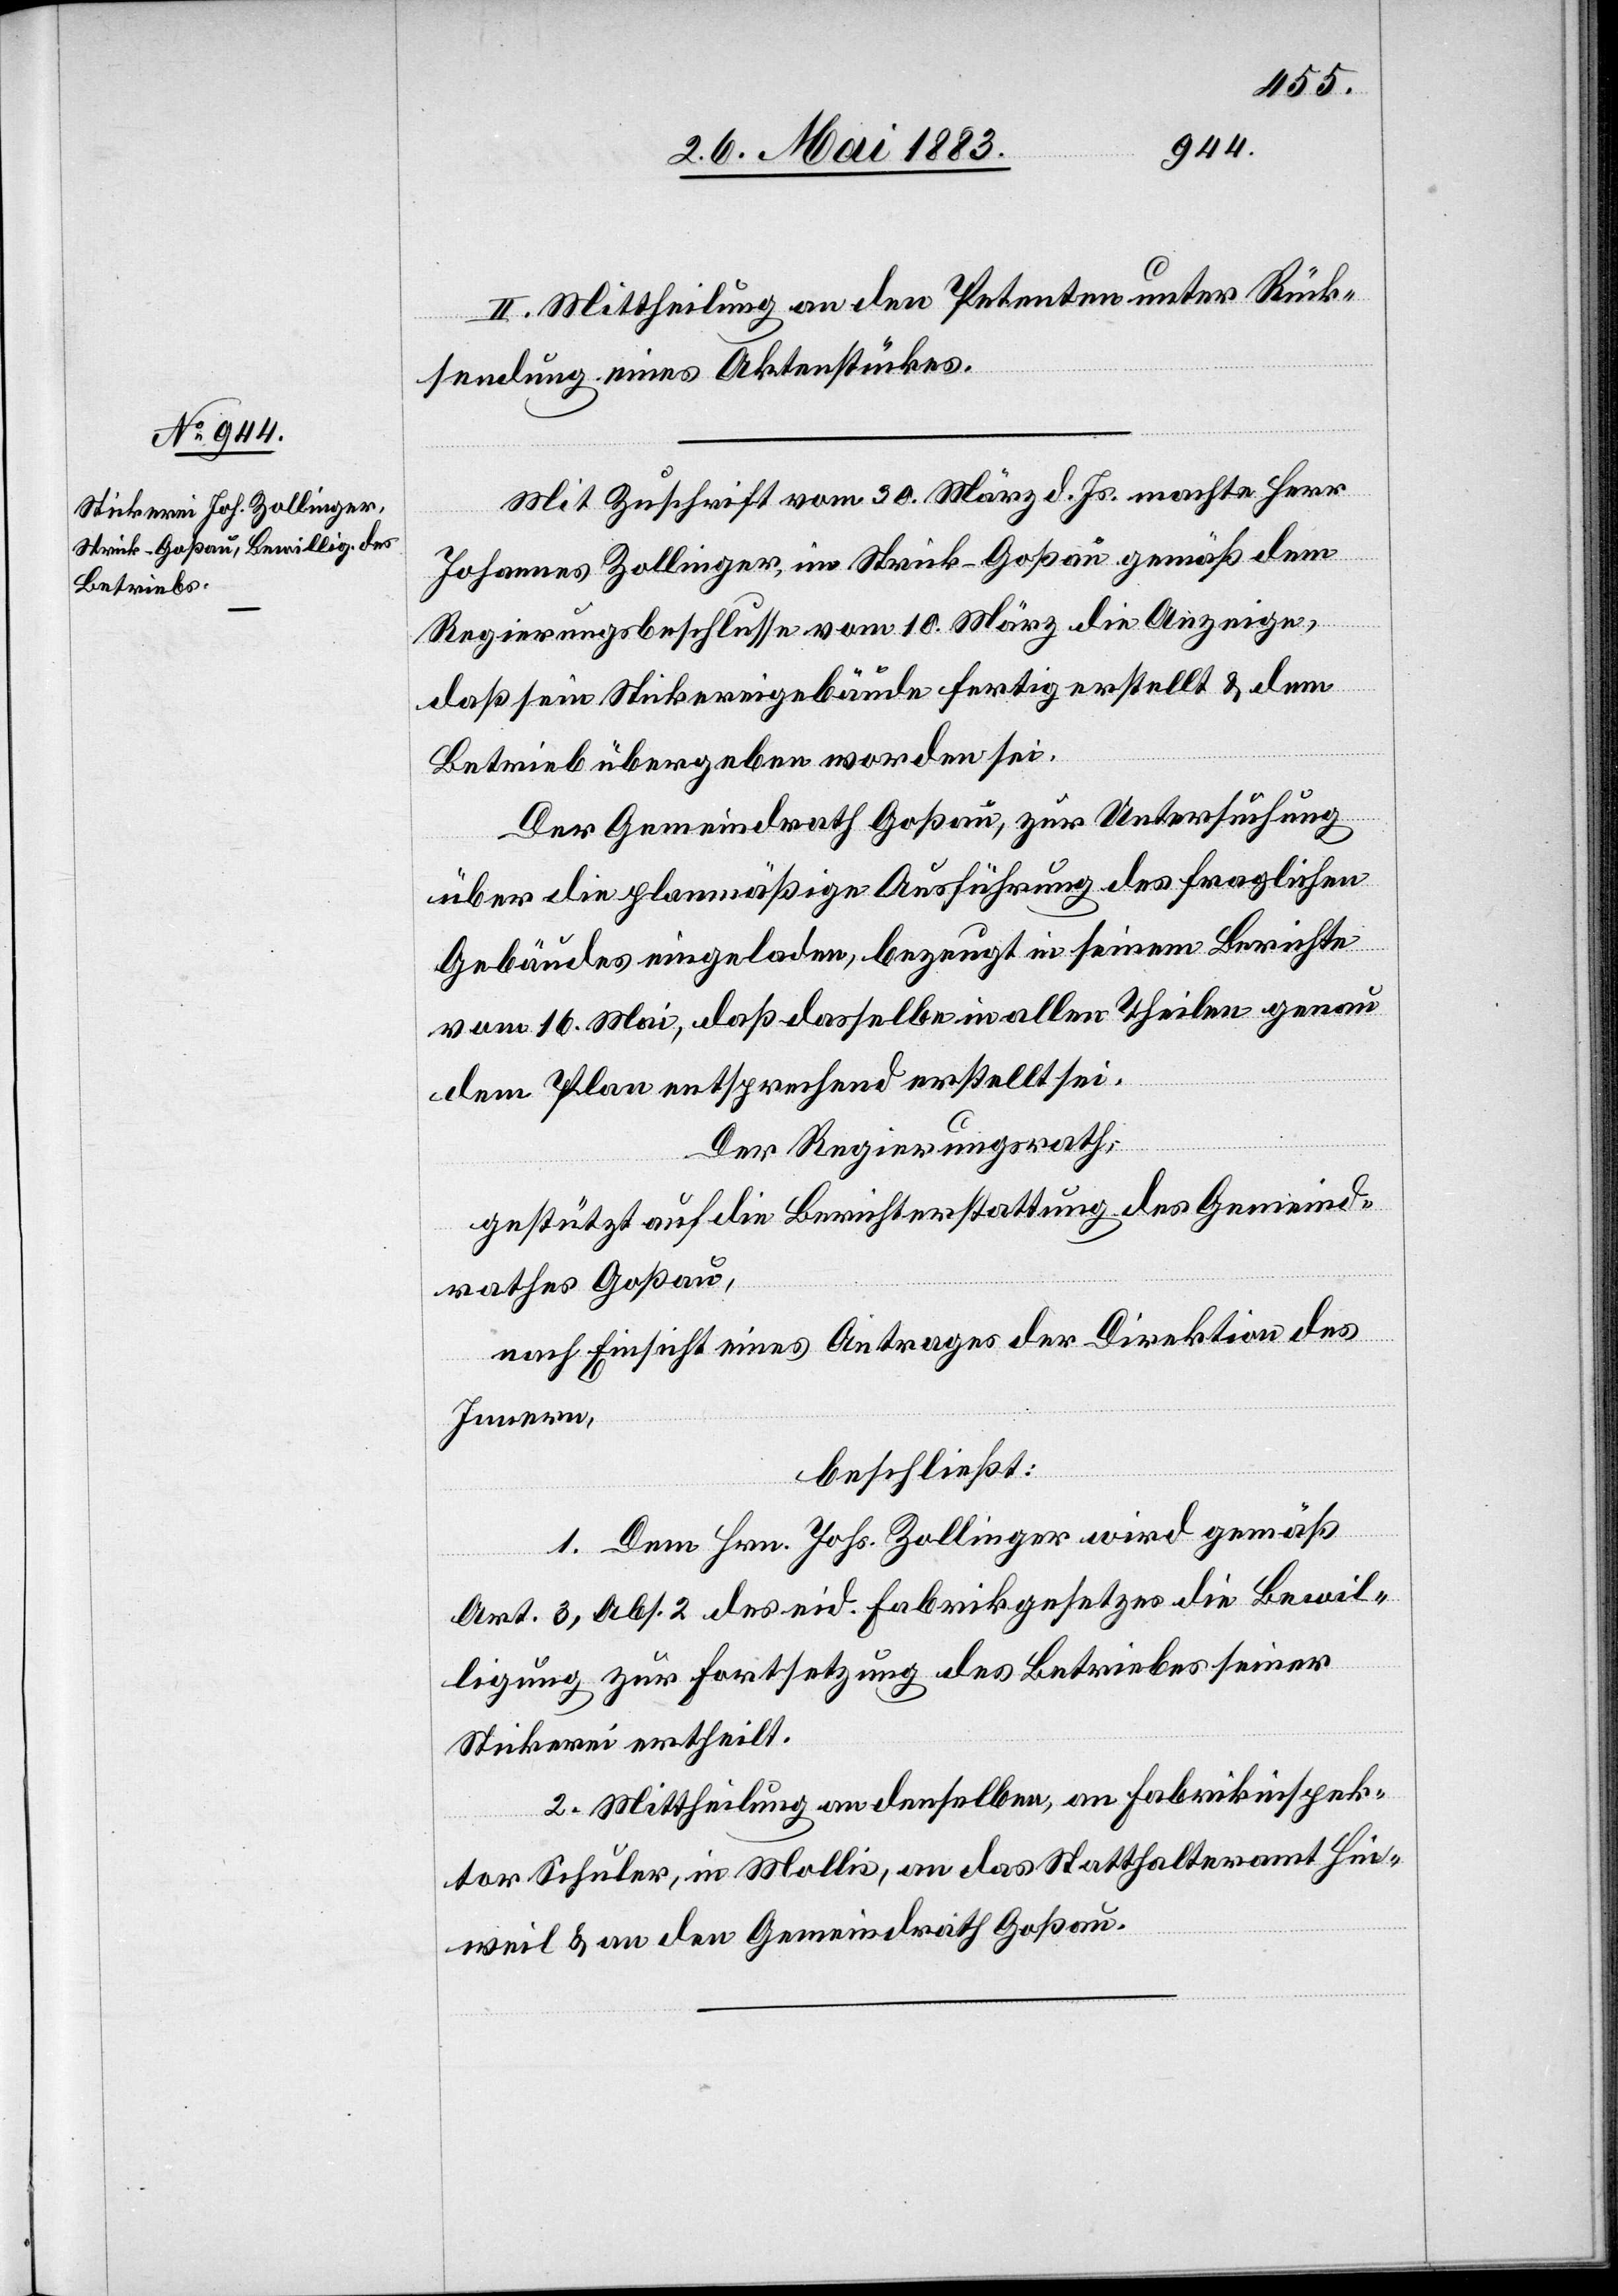
II. Mittheilung an den Petenten unter Rück¬
sendung eines Aktenstückes.
Mit Zuschrift vom 30. März d. Js. machte Herr
Johannes Zollinger, im Strick - Goßau, gemäß dem
Regierungsbeschlusse vom 10. März die Anzeige,
daß sein Stickereigebäude fertig erstellt & dem
Betreib übergeben worden sei.
Der Gemeindrath Goßau, zur Untersuchung
über die planmäßige Ausführung des fraglichen
Gebäudes eingeladen, bezeugt in seinem Berichte
vom 16. Mai, daß dasselbe in allen Theilen genau
dem Plan entsprechen erstellt sei.
Der Regierungsrath,
gestützt auf die Berichterstattung des Gemeind¬
rathes Goßau,
nach Einsicht eines Antrages der Direktion des
Innern,
beschließt:
1. Dem Hrn. Johs. Zollinger wird gemäß
Art. 3, Abs. 2 des eid. Fabrikgesetzes die Bewil¬
ligung zur Fortsetzung des Betriebes seiner
Stickerei ertheilt.
2. Mittheilung an denselben, an Fabrikinspek¬
tor Schuler, in Mollis, an das Statthalteramt Hin¬
weil & an den Gemeindrath Goßau.